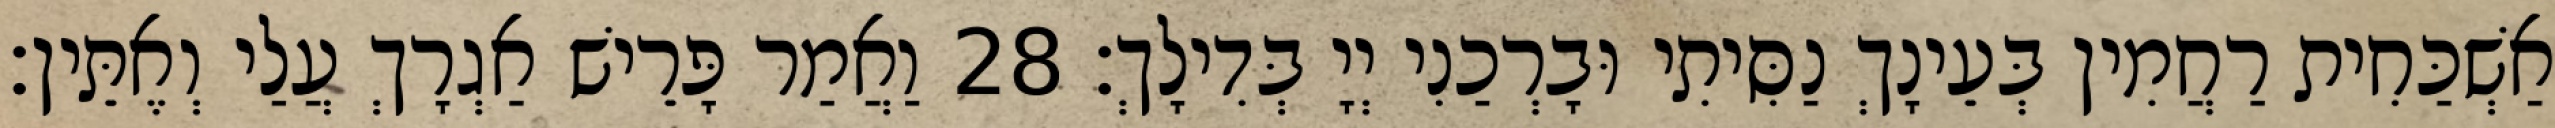
אַשְׁכַּחִית רַחֲמִין בְּעֵינָךְ נַסִּיתִי וּבָרְכַנִי יְיָ בְּדִילָךְ׃ 28 וַאֲמַר פָּרֵישׁ אַגְרָךְ עֲלַי וְאֶתֵּין׃